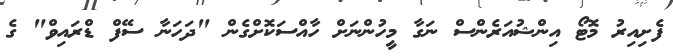
ފެށިއިރު މޮޓޯ އިންޝުއަރެންސް ނަގާ މީހުންނަށް ހާއްސަކޮށްގެން "ދަހަނާ ސޭފް ޑްރައިވް" ގެ